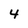
Character: 4